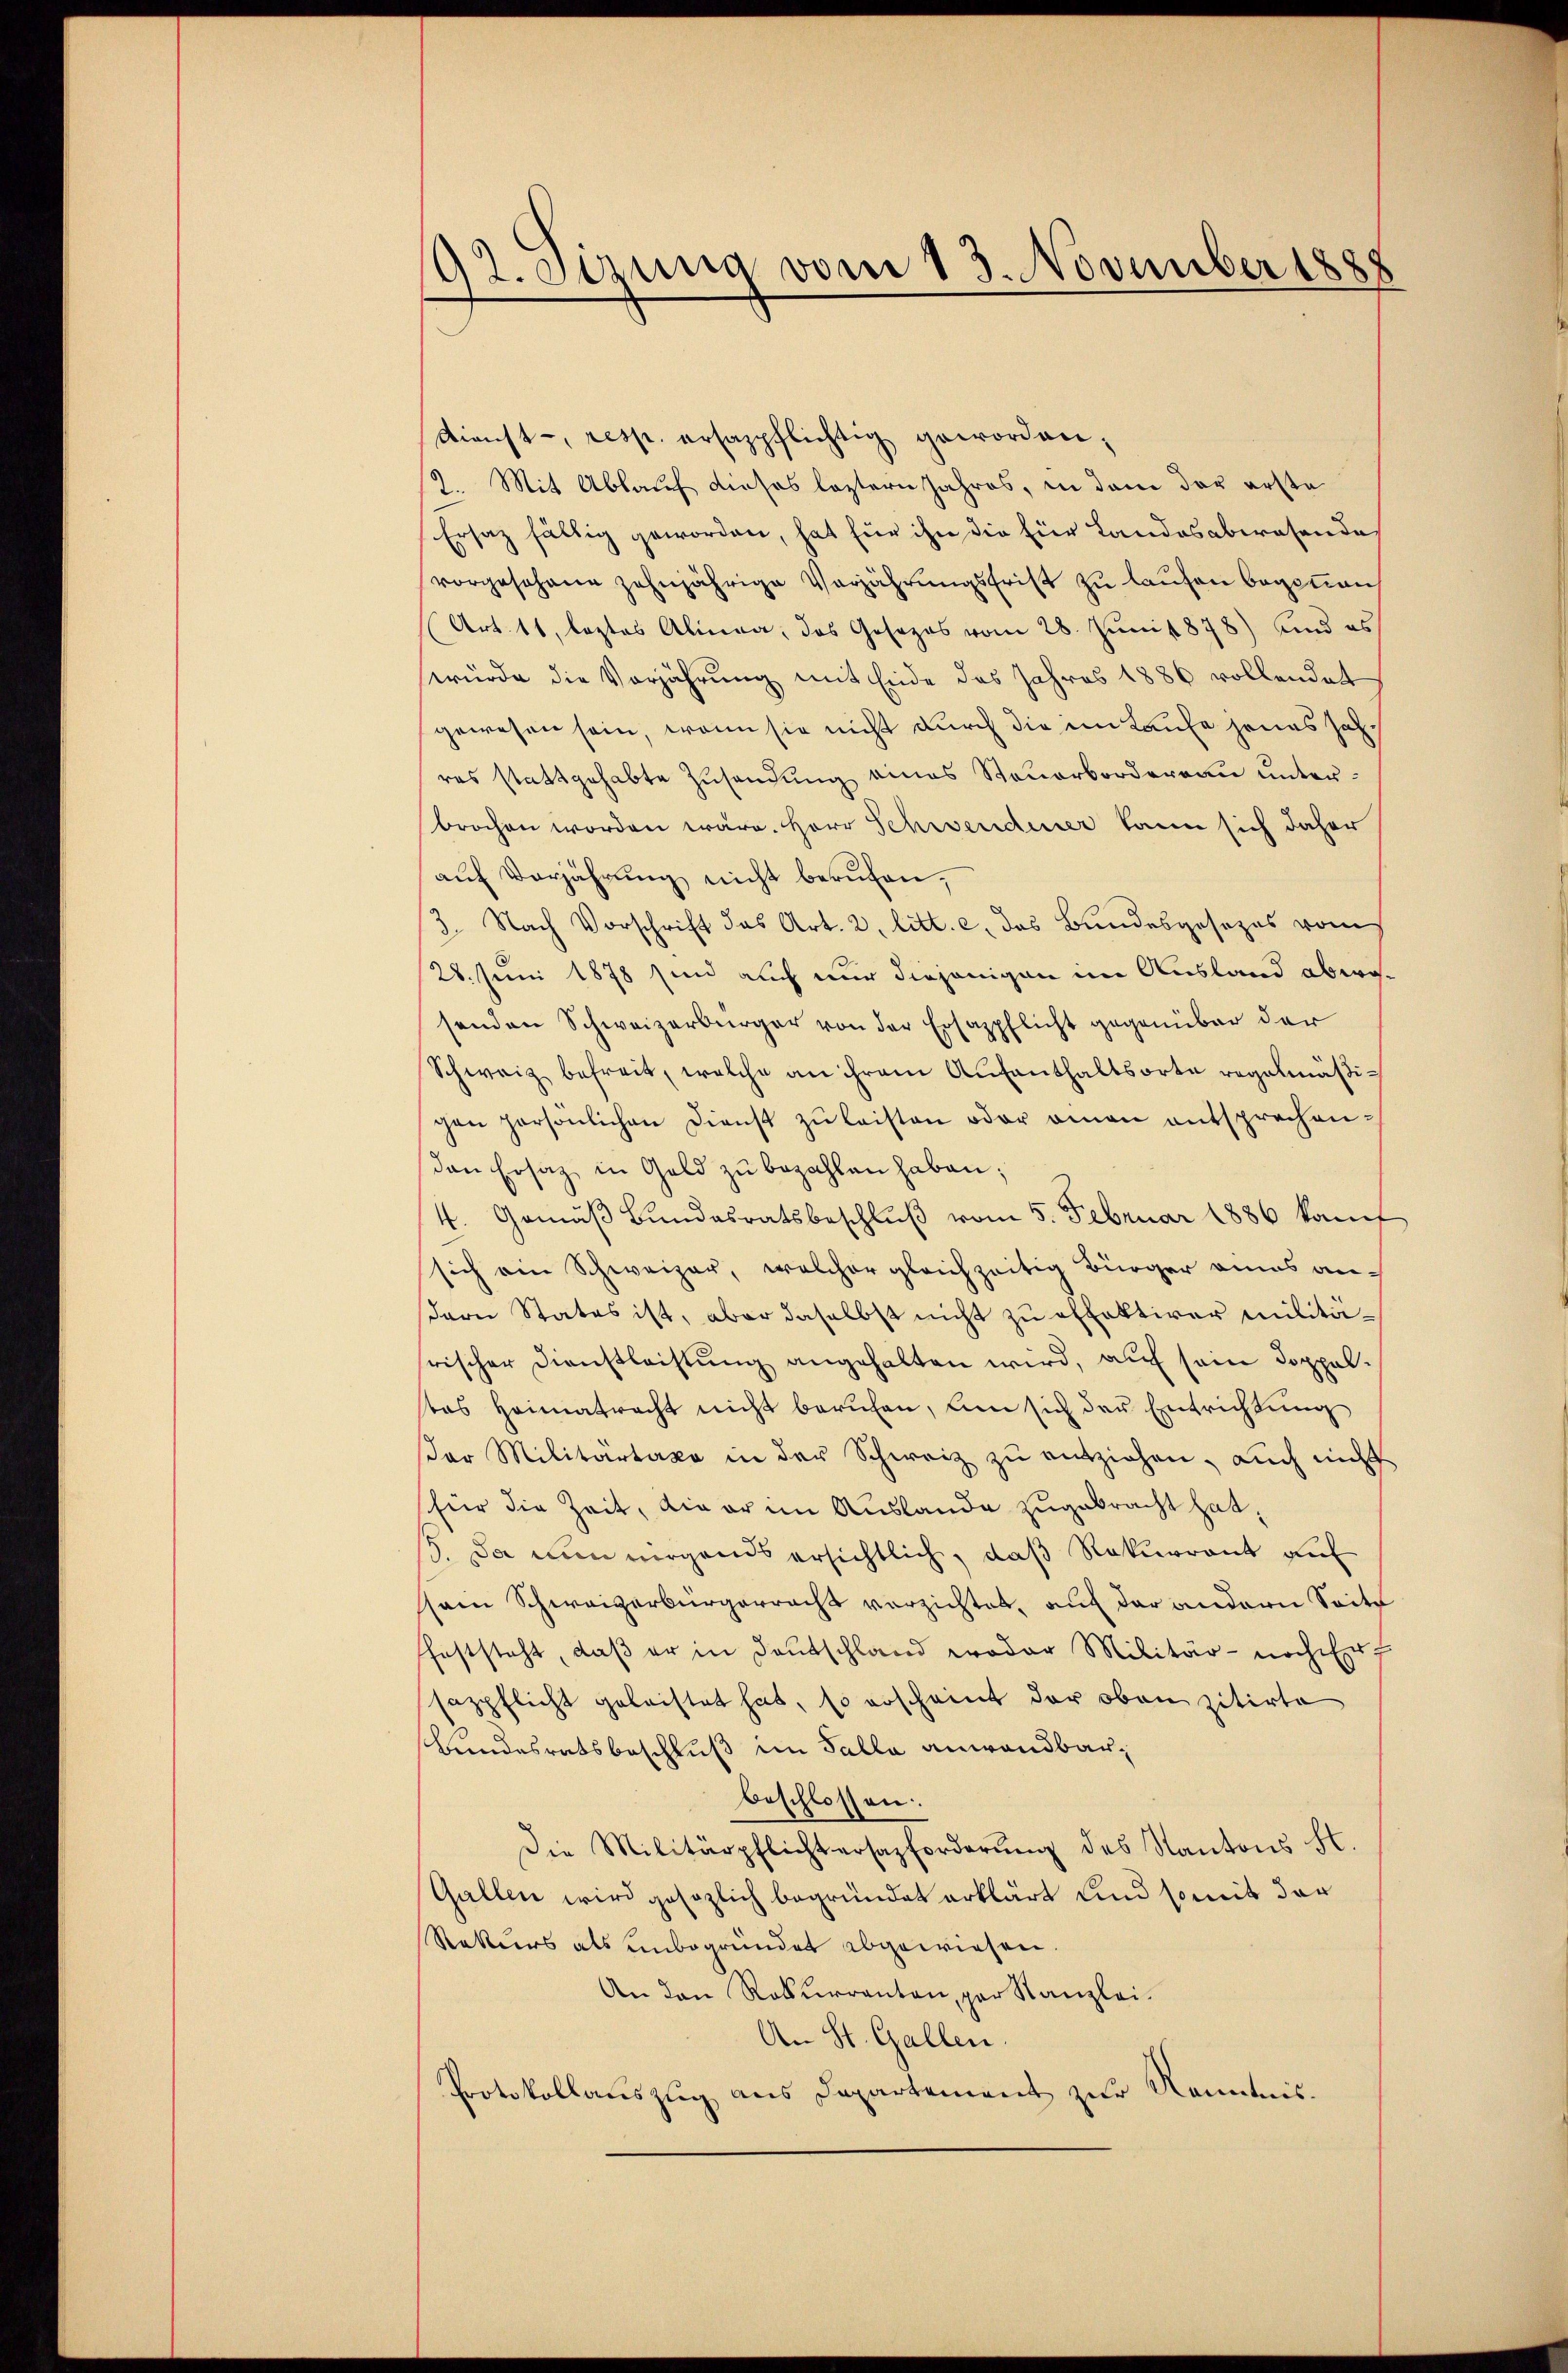
92. etzung vom 13. November 1888

Dienst-, resp. ersazpflichtig geworden,
2. Mit Ablauf dieses leztern Jahres, in dem das erste
Ersatz fällig geworden, hat für ihn die für Landesabwesende
vorgesehene zehnjährige Verjährungsfrist zu laufen begonnen
Art. 11, leztes Alinea, das Gesezes vom 28. Juni 1878) und es
würde die Verjährung mit Ende des Jahres 1886 vollendet
gewesen sein, wenn sie nicht durch die im Laufe jenes Jahres stattgehabte Zusendung eines Steuerborderrau unterbrochen worden wäre. Herr Schwendener kann sich daher
aŭf Verjährung nicht berufen,
3. Nach Vorschrift das Art. 2, litt. c. das Bundesgesezes vom
28. Juni 1878 sind auch nur diejenigen im Ausland abwesenden Schweizerbürger von der Ersazpflicht gegenüber der
Schweiz befreit, welche an ihrem Aufenthaltsorte regelmäßigen persönlichen Dienst zŭ leisten oder amen entsprochen¬
Den Ersatz in Geld zŭ bezahlen haben;
4. Gemäß Bundesratsbeschluß vom 5. Februar 1886 kauf
sich ein Schweizer, welcher gleichzeitig Bürger eines andern States ist, aber daselbst nicht zu affaktiver Militäfrischer Dienstleistung angehalten wird, auf sein Doppeleas Heimatracht nicht berufen, um sich der Entrichtung
dor Militartaxe in der Schweiz zŭ entziehen, auch nicht
für die Zeit, die er im Auslande zugebracht hat,
5. Da nun nirgends ersichtlich, daß Rekurrent auf
sein Schweizerbürgerracht verzichtet, auf der andern Seite
feststeht, daß er in Deutschland woder Militär- noch er
sazpflicht geleistet hat, so erscheint der oben zitirte
shundesratsbeschluß im Falle anwandbar,
beschlossen:
Die Militärpflichtersazforderŭng des Kantons St.
Gallen wird gesezlich begründet erklärt und somit der
Rekurs als unbegründet abgewiesen.
An den Rekurrenten, par Kanzlei.
An St. Gallen.
Protokollauszug aus Departement zur Kenntnis¬